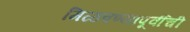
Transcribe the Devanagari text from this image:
मिळवण्यापूर्वीची